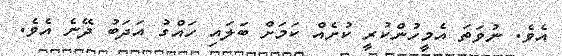
އެވެ. ނުވަތަ އެމީހުންކުރީ ކުށެއް ކަމަށް ބަލައި ހައްގު އަދަބު ދޭނެ އެވެ.